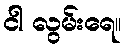
ငါ လွမ်းရေ။